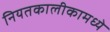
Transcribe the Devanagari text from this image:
नियतकालीकामध्ये